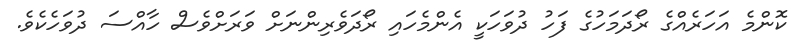
ކޮންމެ އަހަރެއްގެ ރޯދަމަހުގެ ފަހު ދުވަހަކީ އެންމެހައި ރޯދަވެރިންނަށް ވަރަށްވެސް ހާއްސަ ދުވަހެކެވެ.